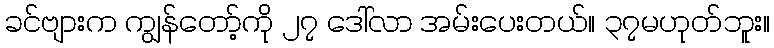
ခင်ဗျားက ကျွန်တော့်ကို ၂၇ ဒေါ်လာ အမ်းပေးတယ်။ ၃၇မဟုတ်ဘူး။